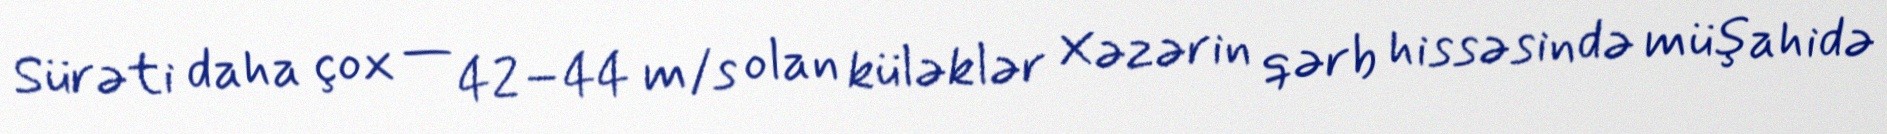
Sürəti daha çox — 42–44 m/s olan küləklər Xəzərin qərb hissəsində müşahidə